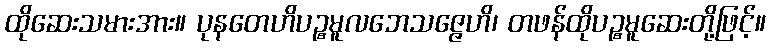
ထိုဆေးသမားအား။ ပုနတေဟိပဉ္စမူလဘေသဇ္ဇေဟိ၊ တဖန်ထိုပဉ္စမူဆေးတို့ဖြင့်။